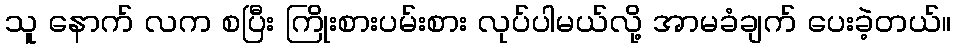
သူ နောက် လက စပြီး ကြိုးစားပမ်းစား လုပ်ပါမယ်လို့ အာမခံချက် ပေးခဲ့တယ်။